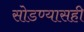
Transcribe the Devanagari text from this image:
सोडण्यासही